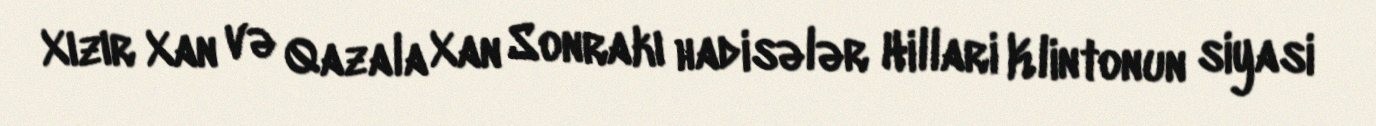
Xızır Xan və Qazala Xan Sonrakı hadisələr Hillari Klintonun siyasi